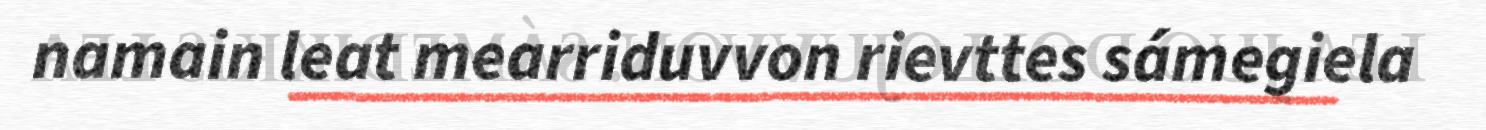
namain leat mearriduvvon rievttes sámegiela